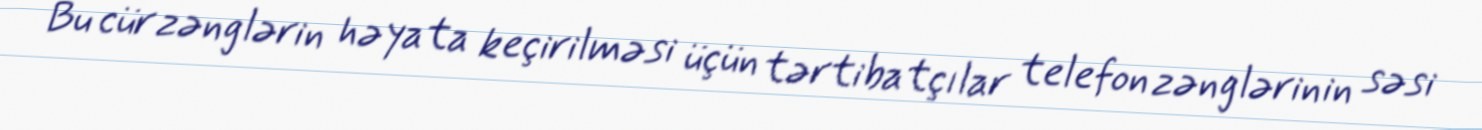
Bu cür zənglərin həyata keçirilməsi üçün tərtibatçılar telefon zənglərinin səsi